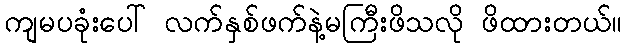
ကျမပခုံးပေါ် လက်နှစ်ဖက်နဲ့မကြီးဖိသလို ဖိထားတယ်။